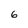
Character: 6